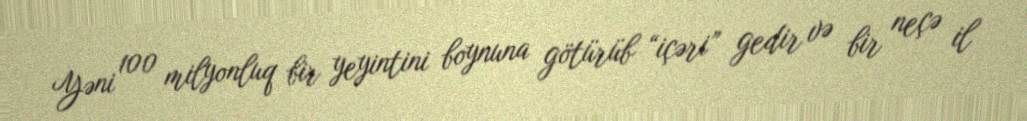
Yəni 100 milyonluq bir yeyintini boynuna götürüb “içəri” gedir və bir neçə il